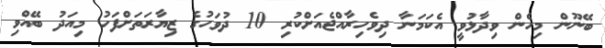
ބޭނޫން މިހެން ވިދާޅުވީ އެކަމަނާ ދިވެހިރާއްޖެއަށްކުރި 10 ދުވަހުގެ ޒިޔާރަތަށްފަހު މިއަދު ބޭއްވި